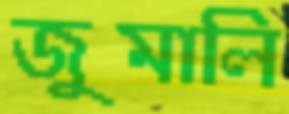
জুমালি